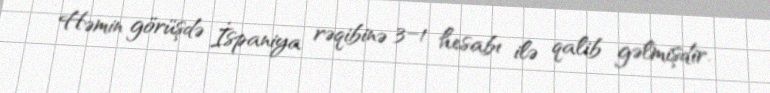
Həmin görüşdə İspaniya rəqibinə 3–1 hesabı ilə qalib gəlmişdir.